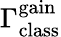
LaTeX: \Gamma_{\mathrm{class}}^{\mathrm{gain}}